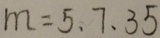
m = 5 . 7 . 3 5